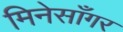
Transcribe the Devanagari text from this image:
मिनेसाँगर